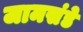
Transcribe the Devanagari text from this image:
जामसंडे